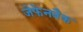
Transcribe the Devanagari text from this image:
जेफेनबैक